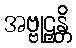
အဗ္ဗုဠှန္တိ